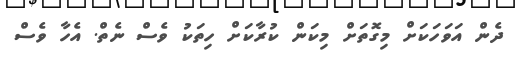
ދެން އަވަހަކަށް މިގޮތަށް މިކަން ކުރާކަށް ހިތަކު ވެސް ނެތް. އެހާ ވެސް